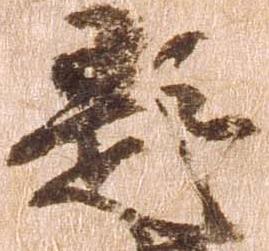
題